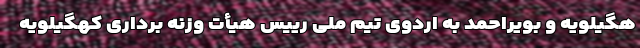
هگیلویه و بویراحمد به اردوی تیم ملی رییس هیأت وزنه برداری کهگیلویه